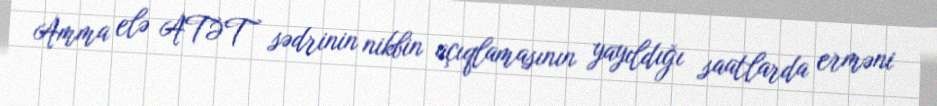
Amma elə ATƏT sədrinin nikbin açıqlamasının yayıldığı saatlarda erməni